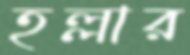
হল্লার